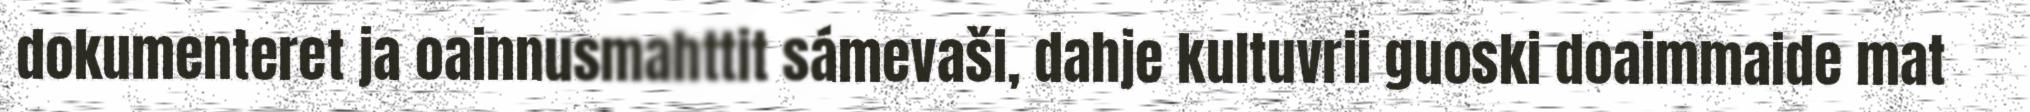
dokumenteret ja oainnusmahttit sámevaši, dahje kultuvrii guoski doaimmaide mat